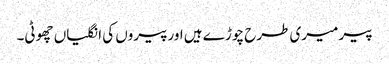
پیر میری طرح چوڑے ہیں اورپیروں کی انگلیاں چھوٹی۔